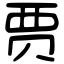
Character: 贾